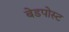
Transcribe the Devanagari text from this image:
बेडपोस्ट